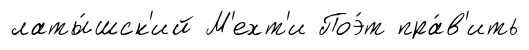
латы́шск'ий М'ехт'и Поэ́т пра́в'ить